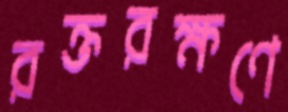
রক্তরক্ষণে